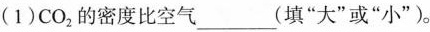
(1)CO_{2}的密度比空气___(填”大”或”小”)。